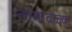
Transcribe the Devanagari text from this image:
नामावळ्या